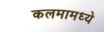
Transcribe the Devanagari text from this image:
कलमामध्ये